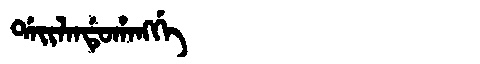
Manchu: ᡩᠠᡳᠯᠠᠨᡩᡠᡥᠠᠩᡤᡝ
Romanization: DAILANDUHANGGE